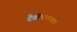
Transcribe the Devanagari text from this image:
देवीभागवत।